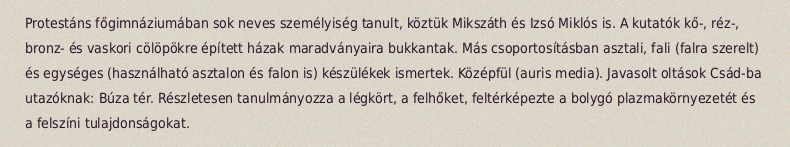
Protestáns főgimnáziumában sok neves személyiség tanult, köztük Mikszáth és Izsó Miklós is. A kutatók kő-, réz-, bronz- és vaskori cölöpökre épített házak maradványaira bukkantak. Más csoportosításban asztali, fali (falra szerelt) és egységes (használható asztalon és falon is) készülékek ismertek. Középfül (auris media). Javasolt oltások Csád-ba utazóknak: Búza tér. Részletesen tanulmányozza a légkört, a felhőket, feltérképezte a bolygó plazmakörnyezetét és a felszíni tulajdonságokat.